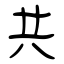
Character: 共